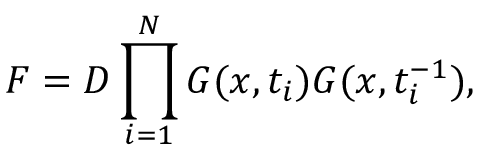
{ \cal F } = { \cal D } \prod _ { i = 1 } ^ { N } G ( x , t _ { i } ) G ( x , t _ { i } ^ { - 1 } ) ,